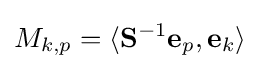
M_{k,p}=\langle \mathbf {S} ^{-1}\mathbf {e} _{p},\mathbf {e} _{k}\rangle